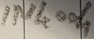
Text: IN4004